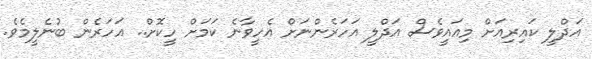
އަދްލީ ކައިރިއަށް މިއައީވެސް އަދްލީ އަހަރެންނަށް އެހީވާނެ ކަމަށް ހީކޮށް.. އަހަރެން ބުނެލީމެވެ.